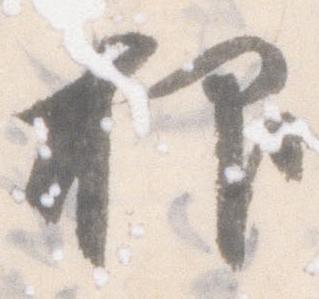
抑